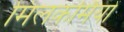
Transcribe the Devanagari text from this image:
मिलकर्मियों